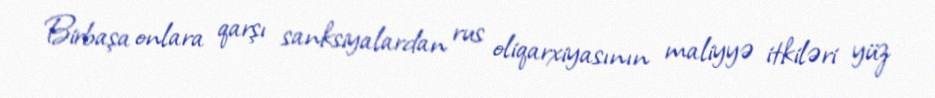
Birbaşa onlara qarşı sanksiyalardan rus oliqarxiyasının maliyyə itkiləri yüz